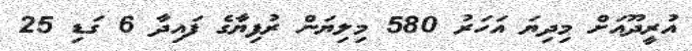
އުރީދޫއަށް މިދިޔަ އަހަރު 580 މިލިޔަން ރުފިޔާގެ ފައިދާ 6 ގަޑި 25